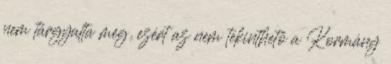
nem tárgyalta meg, ezért az nem tekinthető a Kormány